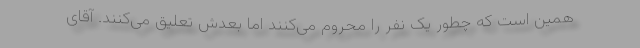
همین است که چطور یک نفر را محروم می‌کنند اما بعدش تعلیق می‌کنند. آقای